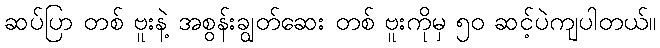
ဆပ်ပြာ တစ် ဗူးနဲ့ အစွန်းချွတ်ဆေး တစ် ဗူးကိုမှ ၅၀ ဆင့်ပဲကျပါတယ်။